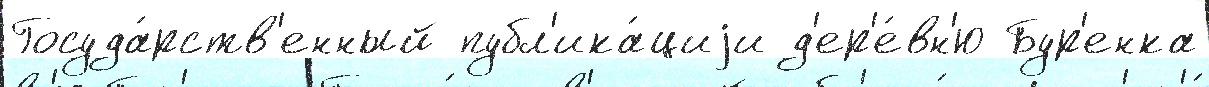
Госуда́рств'енный публ'ика́циjи д'ер'е́вн'ю Бур'енка